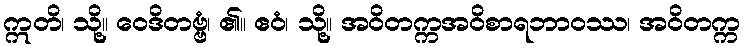
ဣတိ၊ သို့။ ဝေဒိတဗ္ဗံ၊ ၏။ ဧဝံ၊ သို့။ အဝိတက္ကအဝိစာရဘာဝဿ၊ အဝိတက္က